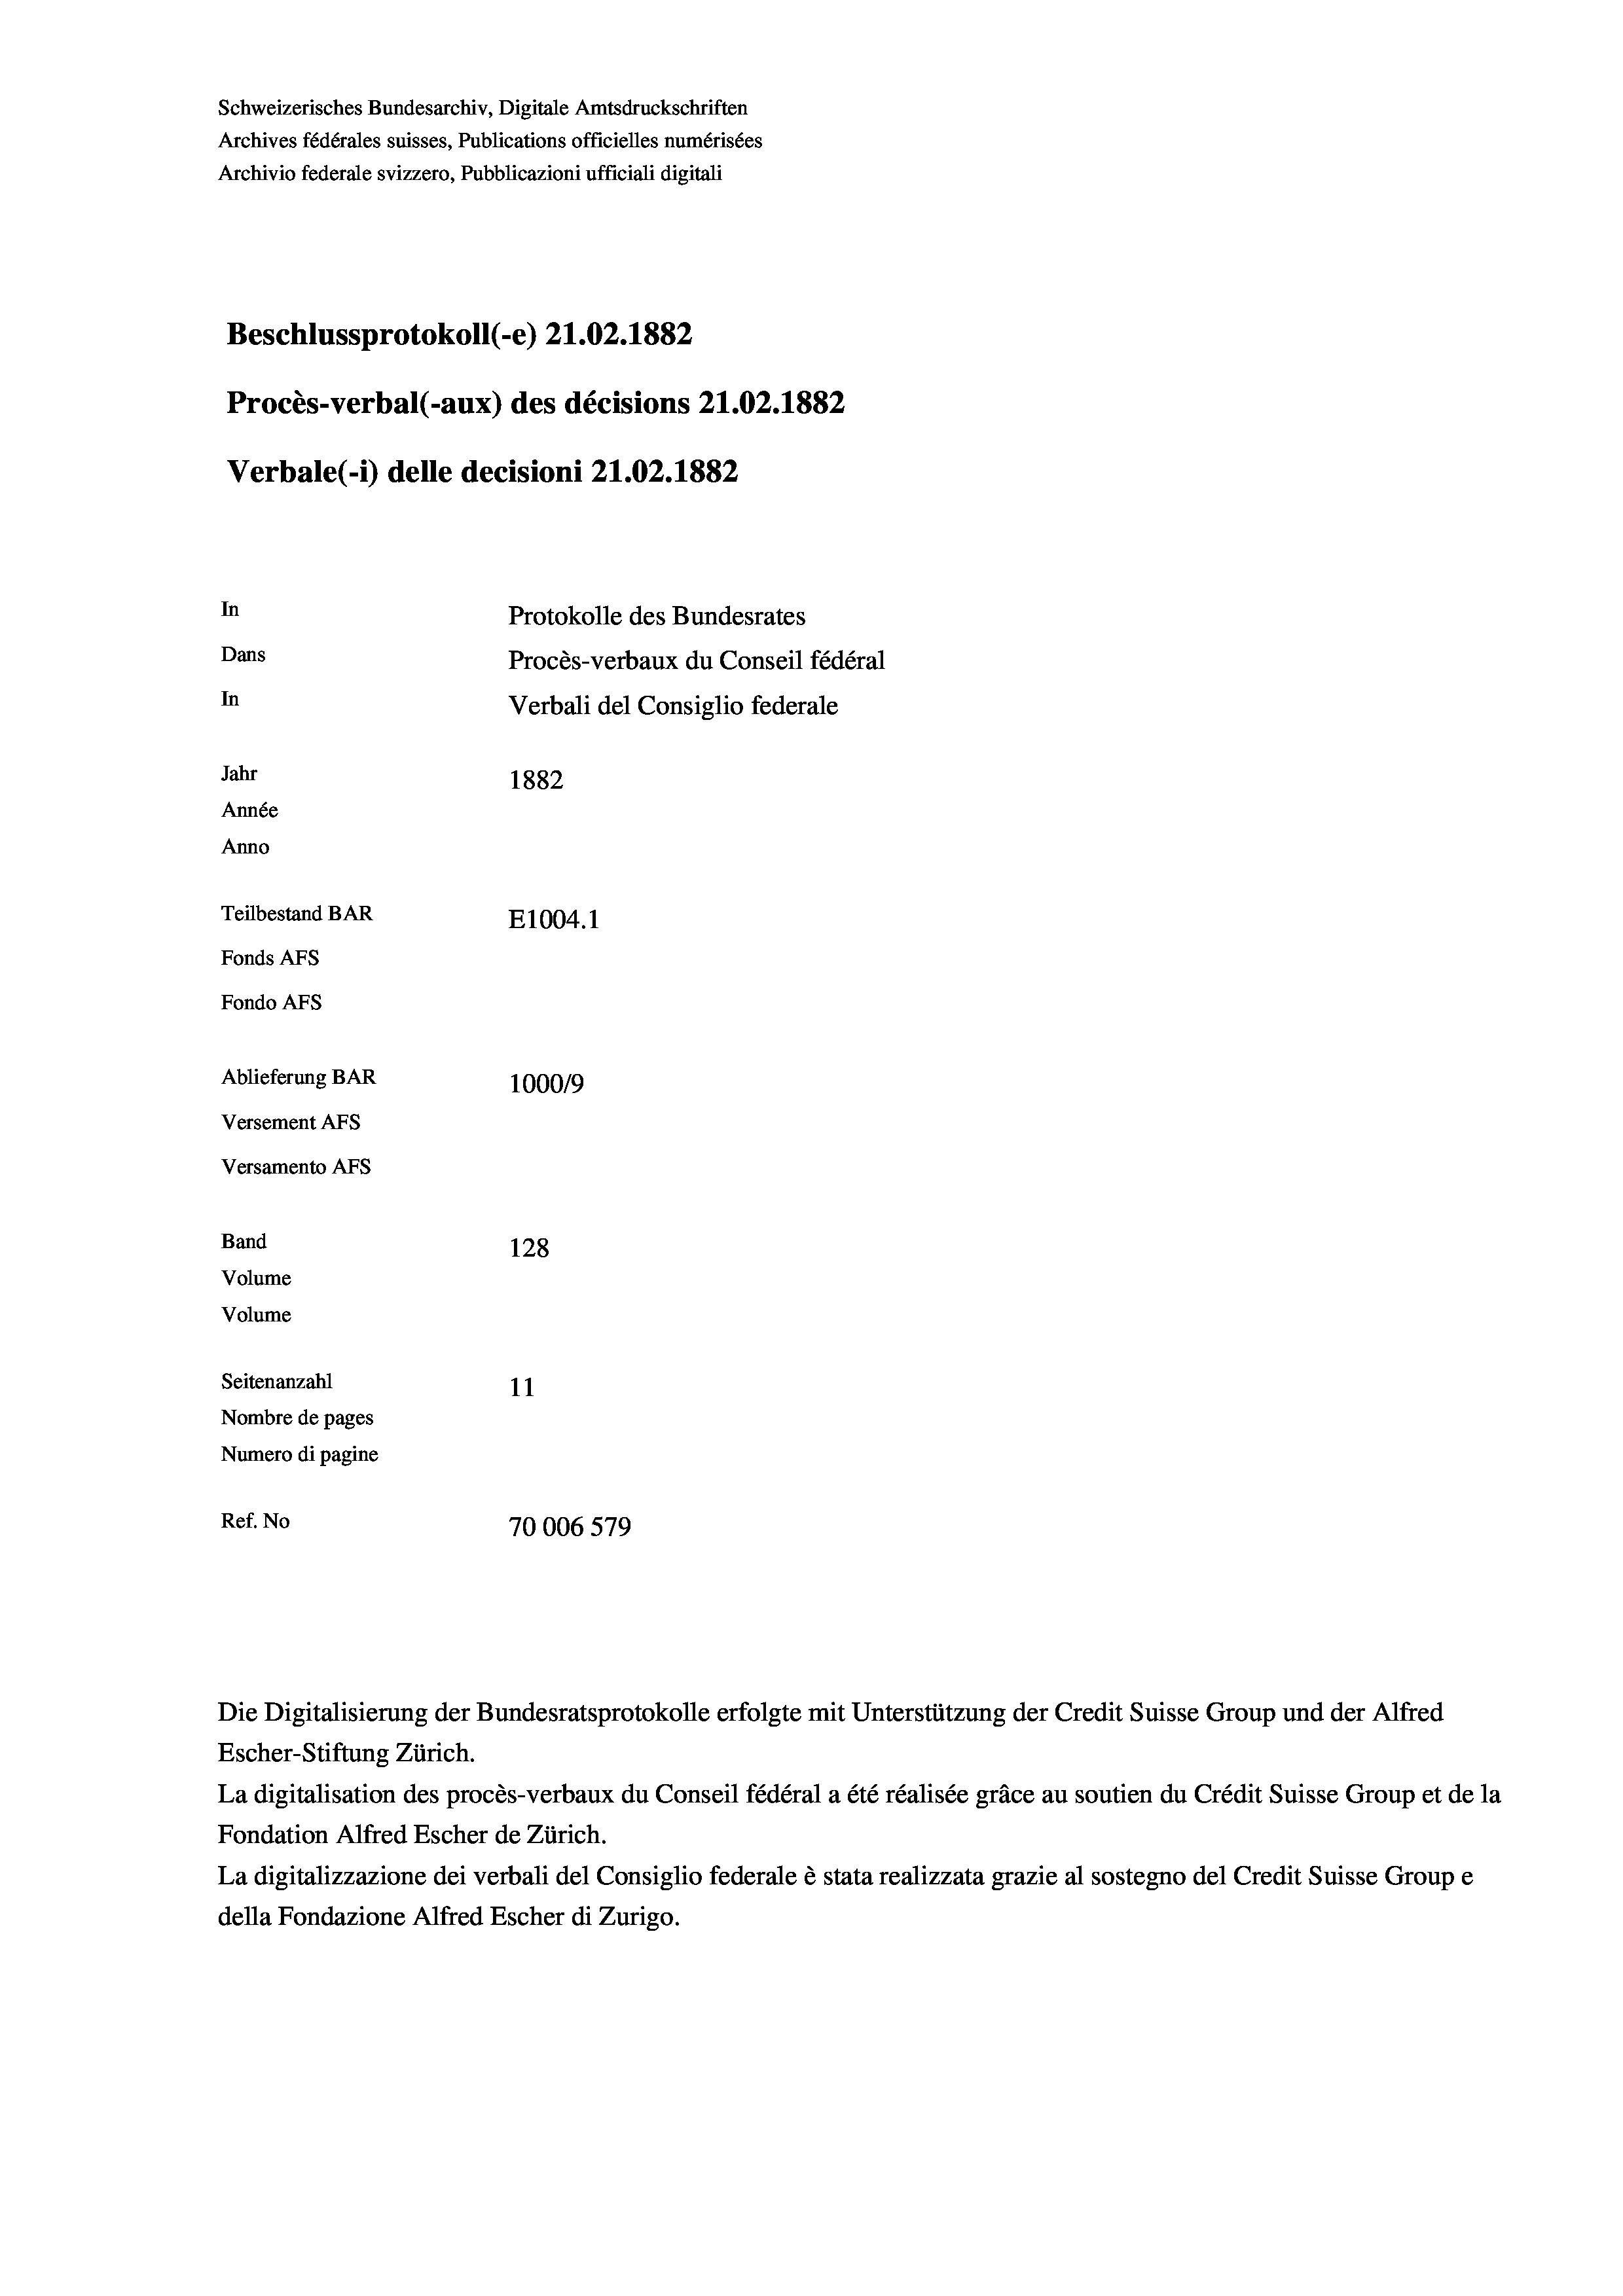
Schweizerisches Bundesarchiv, Digitale Amtsdruckschriften
Archives fédérales suisses, Publications officielles numérisées
Archivio federale svizzero, Pubblicazioni ufficiali digitali
Beschlussprotokoll (-e) 21.02. 1882
Procès-verbal (-aux) des décisions 21.02.1882
Verbale (1) delle decisioni 21.02. 1882

Versamento Afs
Band
Volume
Volume

In
Dans
In
Jahr
1882
Année
Anno
Teilbestand BAR
E1004. 1
Fonds AFs
Fondo AFs
Ablieferung BAR
1000/9
Versement Abs

128
Seitenanzahl
11
Nombre de pages
Numero di pagine
Ref. No
70006 579

Protokolle des Bundesrates
Procès-verbaux du Conseil fédéral
Verbali del Consiglio federale

Escher-Stiftung Zürich.
La digitalisation des procès-verbaux du Conseil fédéral a été réalisée gräce au soutien du Crédit Suisse Group et de la
Fondation Alfred Escher de Zürich.
La digitalizzazione dei verbali del Consiglio federale è stata realizzata grazie al sostegno del Credit Suisse Groupe
della Fondazione Alfred Escher di Zurigo.

Die Digitalisierung der Bundesratsprotokolle erfolgte mit Unterstützung der Credit Suisse Group und der Alfred